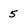
Character: 5